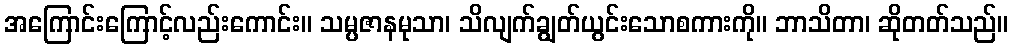
အကြောင်းကြောင့်လည်းကောင်း။ သမ္ပဇာနမုသာ၊ သိလျက်ချွတ်ယွင်းသောစကားကို။ ဘာသိတာ၊ ဆိုတတ်သည်။